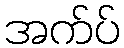
အက်ပ်